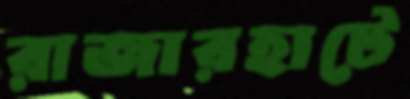
রাজারহাটে